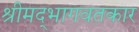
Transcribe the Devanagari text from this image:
श्रीमद्‌भागवतकार